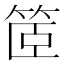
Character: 䇫